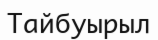
Тайбуырыл